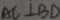
A C \bot B D